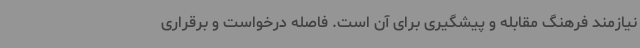
نیازمند فرهنگ مقابله و پیشگیری برای آن است. فاصله درخواست و برقراری